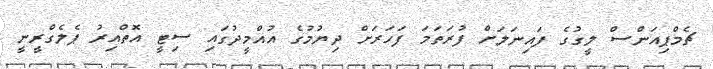
ޗެމްޕިއަންސް ލީގުގެ ފައިނަލަށް ފުރަތަމަ ފަހަރަށް ދިޔުމުގެ އުއްމީދުގައި ސިޓީ އޮތްއިރު ޕެލެގްރީނީ